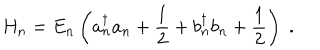
H _ { n } = E _ { n } \left( a _ { n } ^ { \dagger } a _ { n } + \frac { 1 } { 2 } + b _ { n } ^ { \dagger } b _ { n } + \frac { 1 } { 2 } \right) \; .